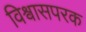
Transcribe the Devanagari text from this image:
विश्वासपरक